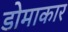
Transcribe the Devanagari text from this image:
डोमाकार